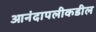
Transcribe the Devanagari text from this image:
आनंदापलीकडील